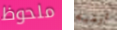
ملحوظ أرميه